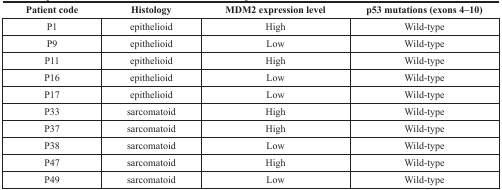
<table><thead><tr><td><b>Patient code</b></td><td><b>Histology</b></td><td><b>MDM2 expression level</b></td><td><b>p53 mutations (exons 4–10)</b></td></tr></thead><tbody><tr><td>P1</td><td>epithelioid</td><td>High</td><td>Wild-type</td></tr><tr><td>P9</td><td>epithelioid</td><td>Low</td><td>Wild-type</td></tr><tr><td>P11</td><td>epithelioid</td><td>High</td><td>Wild-type</td></tr><tr><td>P16</td><td>epithelioid</td><td>Low</td><td>Wild-type</td></tr><tr><td>P17</td><td>epithelioid</td><td>Low</td><td>Wild-type</td></tr><tr><td>P33</td><td>sarcomatoid</td><td>High</td><td>Wild-type</td></tr><tr><td>P37</td><td>sarcomatoid</td><td>High</td><td>Wild-type</td></tr><tr><td>P38</td><td>sarcomatoid</td><td>Low</td><td>Wild-type</td></tr><tr><td>P47</td><td>sarcomatoid</td><td>High</td><td>Wild-type</td></tr><tr><td>P49</td><td>sarcomatoid</td><td>Low</td><td>Wild-type</td></tr></tbody></table>